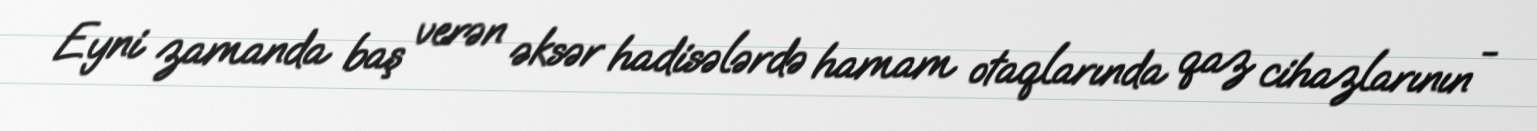
Eyni zamanda baş verən əksər hadisələrdə hamam otaqlarında qaz cihazlarının -